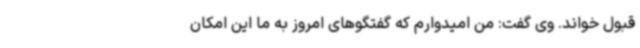
قبول خواند. وی گفت: من امیدوارم که گفتگوهای امروز به ما این امکان